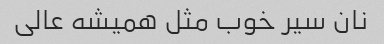
نان سیر خوب مثل همیشه عالی